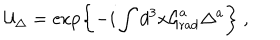
{ \cal U } _ { \Delta } = \exp \left\{ - i \int d ^ { 3 } x { \cal G } _ { \mathrm { r a d } } ^ { a } \Delta ^ { a } \right\} \ ,